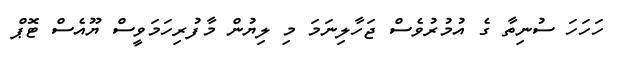
ހަހަހަ ސުނިތާ ގެ އުމުރުވެސް ޖަހާލިނަމަ މި ލިޔުން މާފުރިހަމަވީސް ޔޫއެސް ޓޮޕް